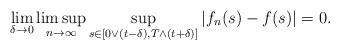
LaTeX: \begin{align*}\lim_{\delta \rightarrow 0} \limsup_{n\to\infty} \sup_{s\in[0\vee(t-\delta), T\wedge(t+\delta)]}|f_n(s) - f(s)| = 0.\end{align*}